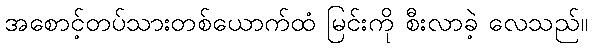
အစောင့်တပ်သားတစ်ယောက်ထံ မြင်းကို စီးလာခဲ့ လေသည်။